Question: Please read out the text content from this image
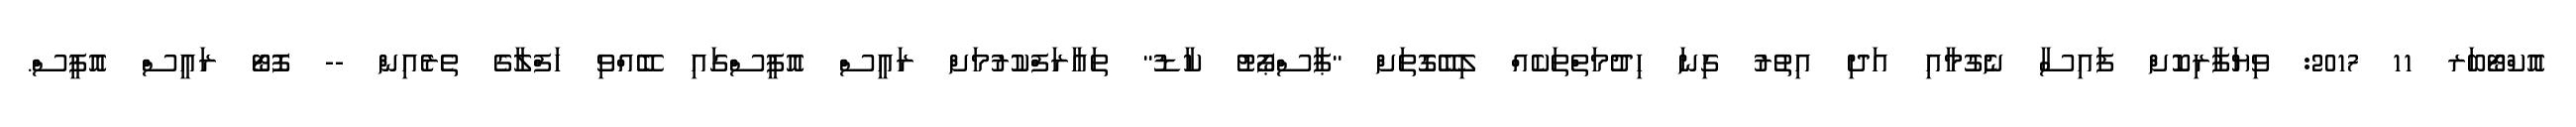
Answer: އޮކްޓޯބަރ 11 2017: ވިޔަފާރިކޮށް ފައިސާ ނެގުމާއި އަދި އިތުރު ގިނަ ހިދުމަތްތަކެއް ލިބޭގޮތަށް "ޕާސްޕޯޓު ކާޑު" ތައާރަފްކުރުމަށް ރައީސް އޮފީސްގައި ބޭއްވި ހަފްލާގެ ތެރެއިން -- ފޮޓޯ ރައީސް އޮފީސް.